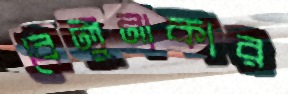
বেলুনাকার